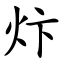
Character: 炞